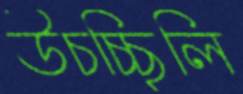
উচচ্ছিলি